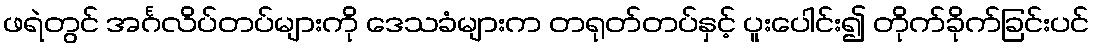
ဖရဲတွင် အင်္ဂလိပ်တပ်များကို ဒေသခံများက တရုတ်တပ်နှင့် ပူးပေါင်း၍ တိုက်ခိုက်ခြင်းပင်